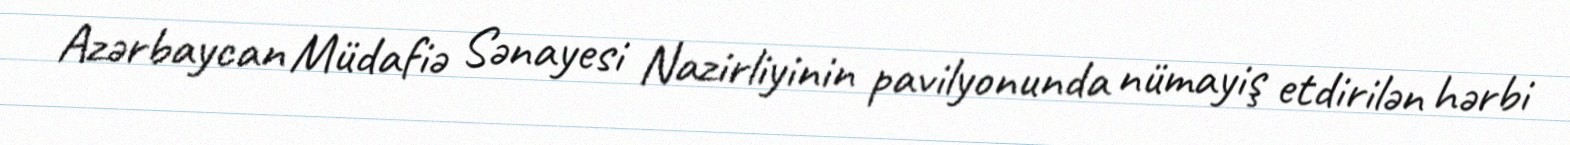
Azərbaycan Müdafiə Sənayesi Nazirliyinin pavilyonunda nümayiş etdirilən hərbi